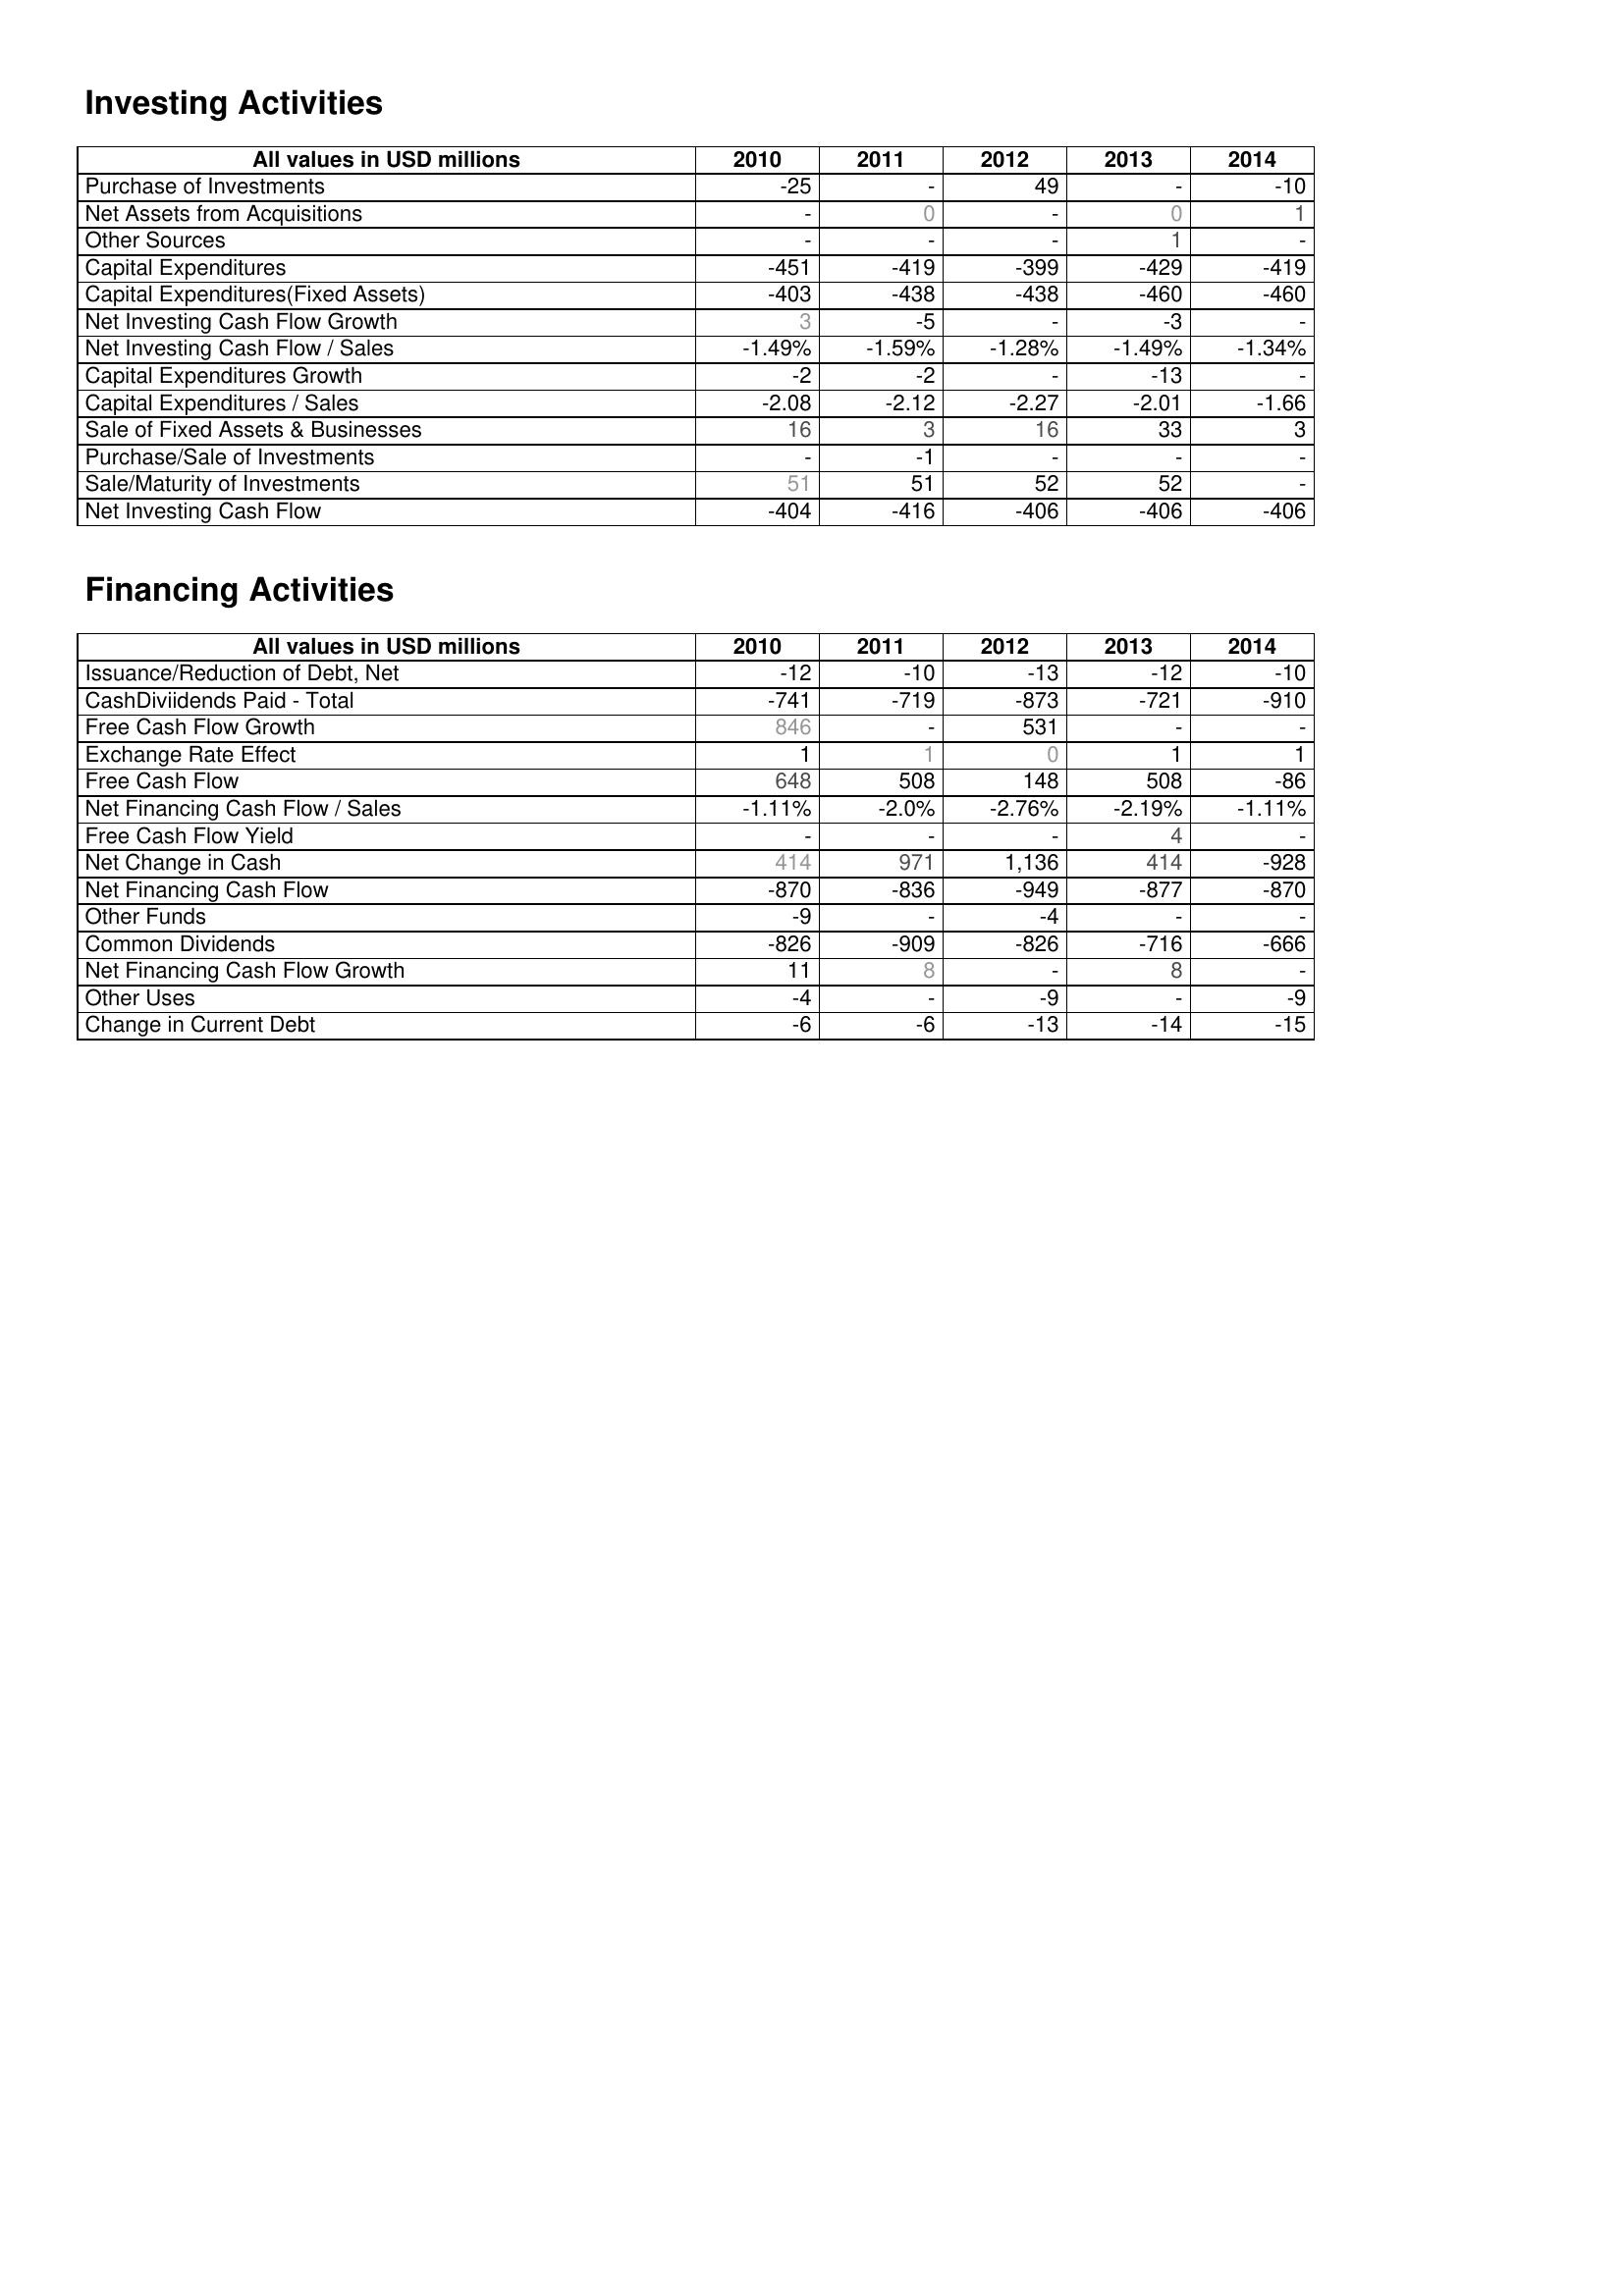
2010: Investing Activities: Purchase of Investments: -25
Net Assets from Acquisitions: -
Other Sources: -
Capital Expenditures: -451
Capital Expenditures(Fixed Assets): -403
Net Investing Cash Flow Growth: 3
Net Investing Cash Flow / Sales: -1.49%
Capital Expenditures Growth: -2
Capital Expenditures / Sales: -2.08
Sale of Fixed Assets & Businesses: 16
Purchase/Sale of Investments: -
Sale/Maturity of Investments: 51
Net Investing Cash Flow: -404
Financing Activities: Issuance/Reduction of Debt, Net: -12
CashDiviidends Paid - Total: -741
Free Cash Flow Growth: 846
Exchange Rate Effect: 1
Free Cash Flow: 648
Net Financing Cash Flow / Sales: -1.11%
Free Cash Flow Yield: -
Net Change in Cash: 414
Net Financing Cash Flow: -870
Other Funds: -9
Common Dividends: -826
Net Financing Cash Flow Growth: 11
Other Uses: -4
Change in Current Debt: -6
2011: Investing Activities: Purchase of Investments: -
Net Assets from Acquisitions: 0
Other Sources: -
Capital Expenditures: -419
Capital Expenditures(Fixed Assets): -438
Net Investing Cash Flow Growth: -5
Net Investing Cash Flow / Sales: -1.59%
Capital Expenditures Growth: -2
Capital Expenditures / Sales: -2.12
Sale of Fixed Assets & Businesses: 3
Purchase/Sale of Investments: -1
Sale/Maturity of Investments: 51
Net Investing Cash Flow: -416
Financing Activities: Issuance/Reduction of Debt, Net: -10
CashDiviidends Paid - Total: -719
Free Cash Flow Growth: -
Exchange Rate Effect: 1
Free Cash Flow: 508
Net Financing Cash Flow / Sales: -2.0%
Free Cash Flow Yield: -
Net Change in Cash: 971
Net Financing Cash Flow: -836
Other Funds: -
Common Dividends: -909
Net Financing Cash Flow Growth: 8
Other Uses: -
Change in Current Debt: -6
2012: Investing Activities: Purchase of Investments: 49
Net Assets from Acquisitions: -
Other Sources: -
Capital Expenditures: -399
Capital Expenditures(Fixed Assets): -438
Net Investing Cash Flow Growth: -
Net Investing Cash Flow / Sales: -1.28%
Capital Expenditures Growth: -
Capital Expenditures / Sales: -2.27
Sale of Fixed Assets & Businesses: 16
Purchase/Sale of Investments: -
Sale/Maturity of Investments: 52
Net Investing Cash Flow: -406
Financing Activities: Issuance/Reduction of Debt, Net: -13
CashDiviidends Paid - Total: -873
Free Cash Flow Growth: 531
Exchange Rate Effect: 0
Free Cash Flow: 148
Net Financing Cash Flow / Sales: -2.76%
Free Cash Flow Yield: -
Net Change in Cash: 1,136
Net Financing Cash Flow: -949
Other Funds: -4
Common Dividends: -826
Net Financing Cash Flow Growth: -
Other Uses: -9
Change in Current Debt: -13
2013: Investing Activities: Purchase of Investments: -
Net Assets from Acquisitions: 0
Other Sources: 1
Capital Expenditures: -429
Capital Expenditures(Fixed Assets): -460
Net Investing Cash Flow Growth: -3
Net Investing Cash Flow / Sales: -1.49%
Capital Expenditures Growth: -13
Capital Expenditures / Sales: -2.01
Sale of Fixed Assets & Businesses: 33
Purchase/Sale of Investments: -
Sale/Maturity of Investments: 52
Net Investing Cash Flow: -406
Financing Activities: Issuance/Reduction of Debt, Net: -12
CashDiviidends Paid - Total: -721
Free Cash Flow Growth: -
Exchange Rate Effect: 1
Free Cash Flow: 508
Net Financing Cash Flow / Sales: -2.19%
Free Cash Flow Yield: 4
Net Change in Cash: 414
Net Financing Cash Flow: -877
Other Funds: -
Common Dividends: -716
Net Financing Cash Flow Growth: 8
Other Uses: -
Change in Current Debt: -14
2014: Investing Activities: Purchase of Investments: -10
Net Assets from Acquisitions: 1
Other Sources: -
Capital Expenditures: -419
Capital Expenditures(Fixed Assets): -460
Net Investing Cash Flow Growth: -
Net Investing Cash Flow / Sales: -1.34%
Capital Expenditures Growth: -
Capital Expenditures / Sales: -1.66
Sale of Fixed Assets & Businesses: 3
Purchase/Sale of Investments: -
Sale/Maturity of Investments: -
Net Investing Cash Flow: -406
Financing Activities: Issuance/Reduction of Debt, Net: -10
CashDiviidends Paid - Total: -910
Free Cash Flow Growth: -
Exchange Rate Effect: 1
Free Cash Flow: -86
Net Financing Cash Flow / Sales: -1.11%
Free Cash Flow Yield: -
Net Change in Cash: -928
Net Financing Cash Flow: -870
Other Funds: -
Common Dividends: -666
Net Financing Cash Flow Growth: -
Other Uses: -9
Change in Current Debt: -15